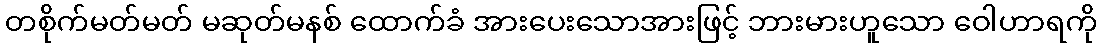
တစိုက်မတ်မတ် မဆုတ်မနစ် ထောက်ခံ အားပေးသောအားဖြင့် ဘားမားဟူသော ဝေါဟာရကို